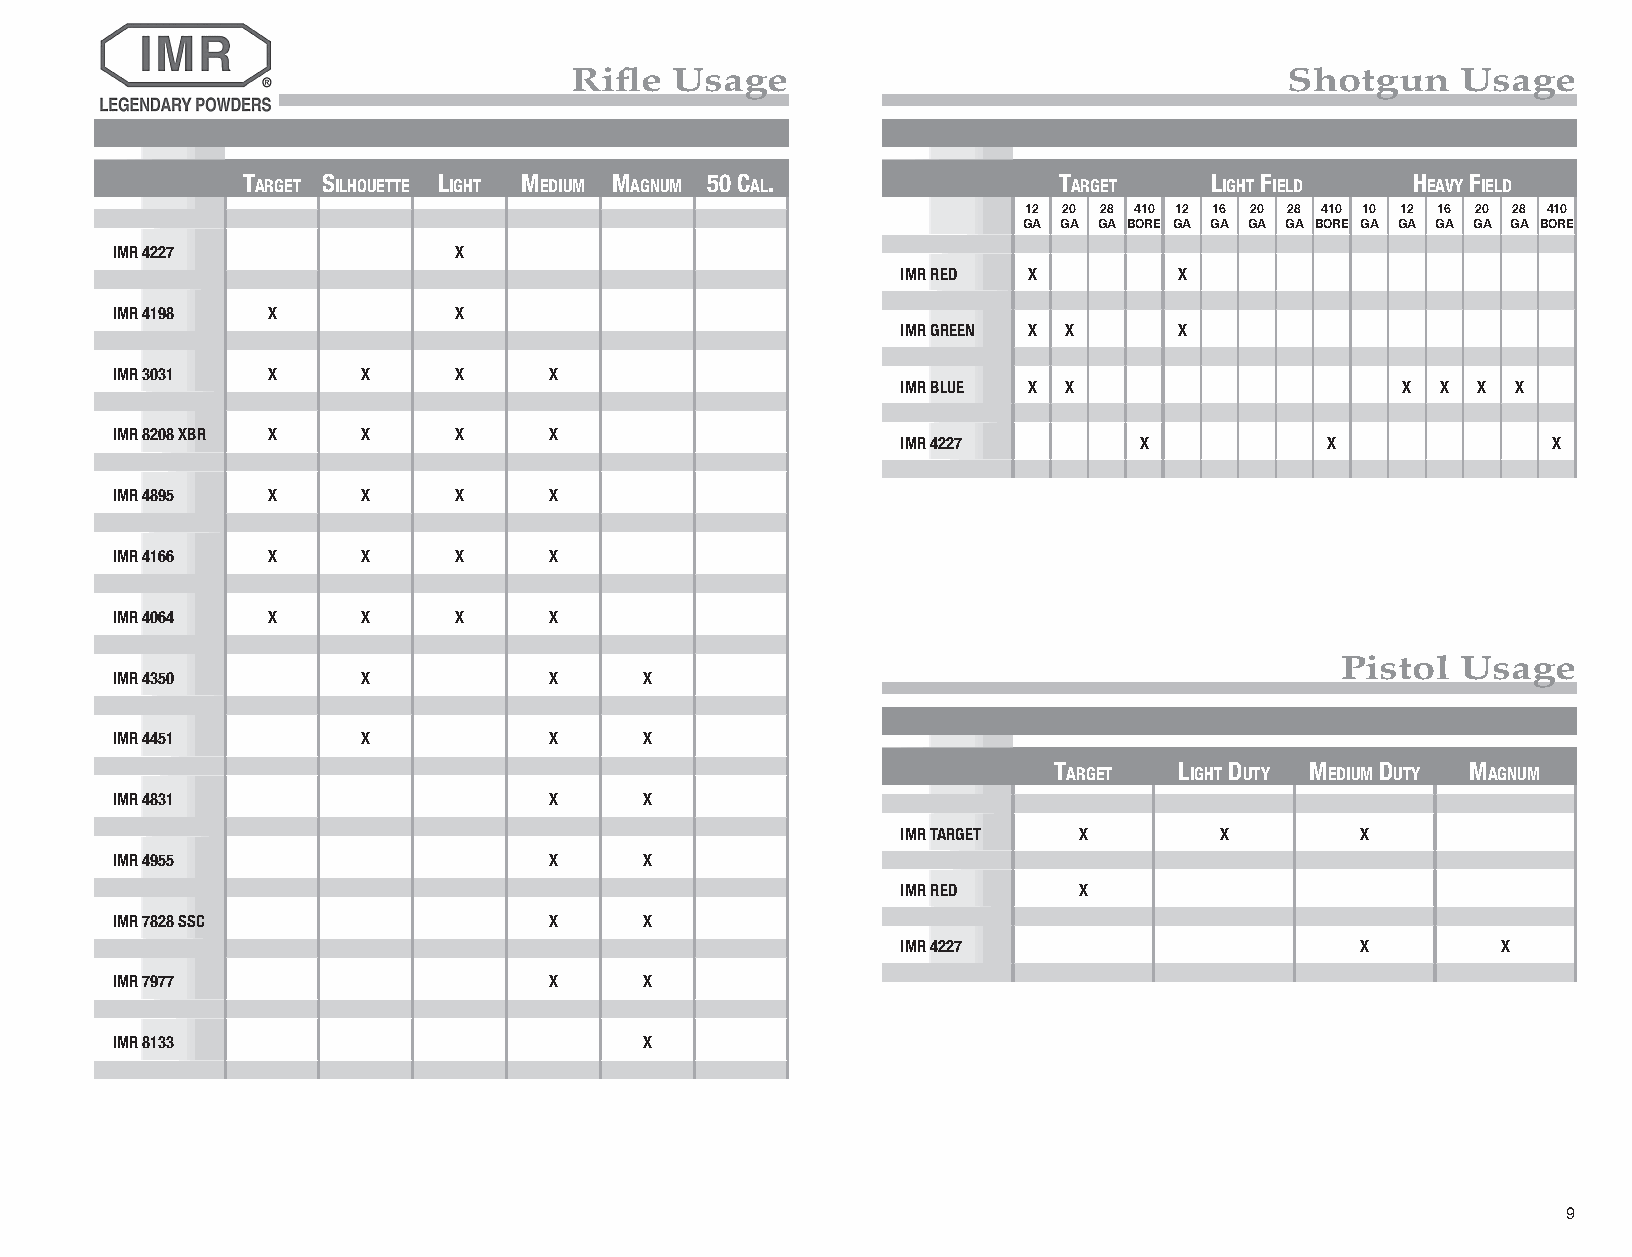
Rifle  Usage                                   Shotgun     Usage
 TargeT SilhoueTTe lighT MediuM MagnuM 50 Cal.         TargeT    lighT field   heaVy field
 12 20 28 410 12 16 20 28 410 10 12 16 20 28 410
 GA GA GA BORE GA GA GA GA BORE GA GA GA GA GA BORE
 iMr 4227              X
 iMr red X         X
 iMr 4198  X           X
 iMr green X X     X
 iMr 3031  X     X     X      X
 iMr Blue X X                     X  X X X
 IMR 8208 XBR X  X     X      X
 iMr 4227        X           X              X
 iMr 4895  X     X     X      X
 iMr 4166  X     X     X      X
 IMR 4064  X     X     X      X
 Pistol  Usage
 iMr 4350        X            X     X
 iMr 4451        X            X     X
 TargeT  lighT duTy MediuM duTy MagnuM
 IMR 4831                     X     X
 iMr TargeT  X        X        X
 iMr 4955                     X     X
 iMr red     X
 IMR 7828 SSC                 X     X
 iMr 4227                      X         X
 IMR 7977                     X     X
 IMR 8133                           X
 9